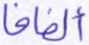
ألفافا